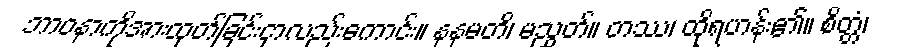
ဘာဝနာကိုအားထုတ်ခြင်းငှာလည်းကောင်း။ နနမတိ၊ မညွတ်။ တဿ၊ ထိုရဟန်း၏။ စိတ္တံ၊